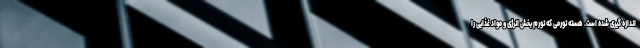
اندازه گیری شده است. هسته تورمی که تورم بخش انرژی و مواد غذایی را